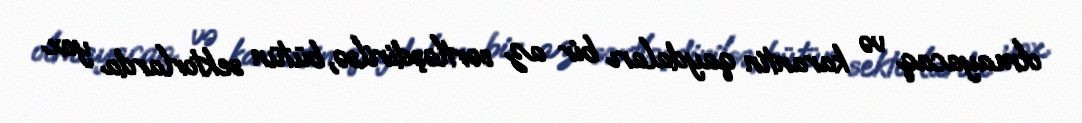
olmayacaq və karantin qaydaları bir az sərtləşdirilsə, bütün sektorlarda yox